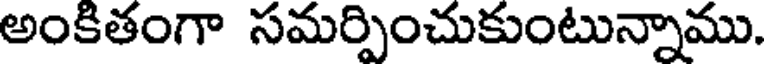
అంకితంగా సమర్పించుకుంటున్నాము.